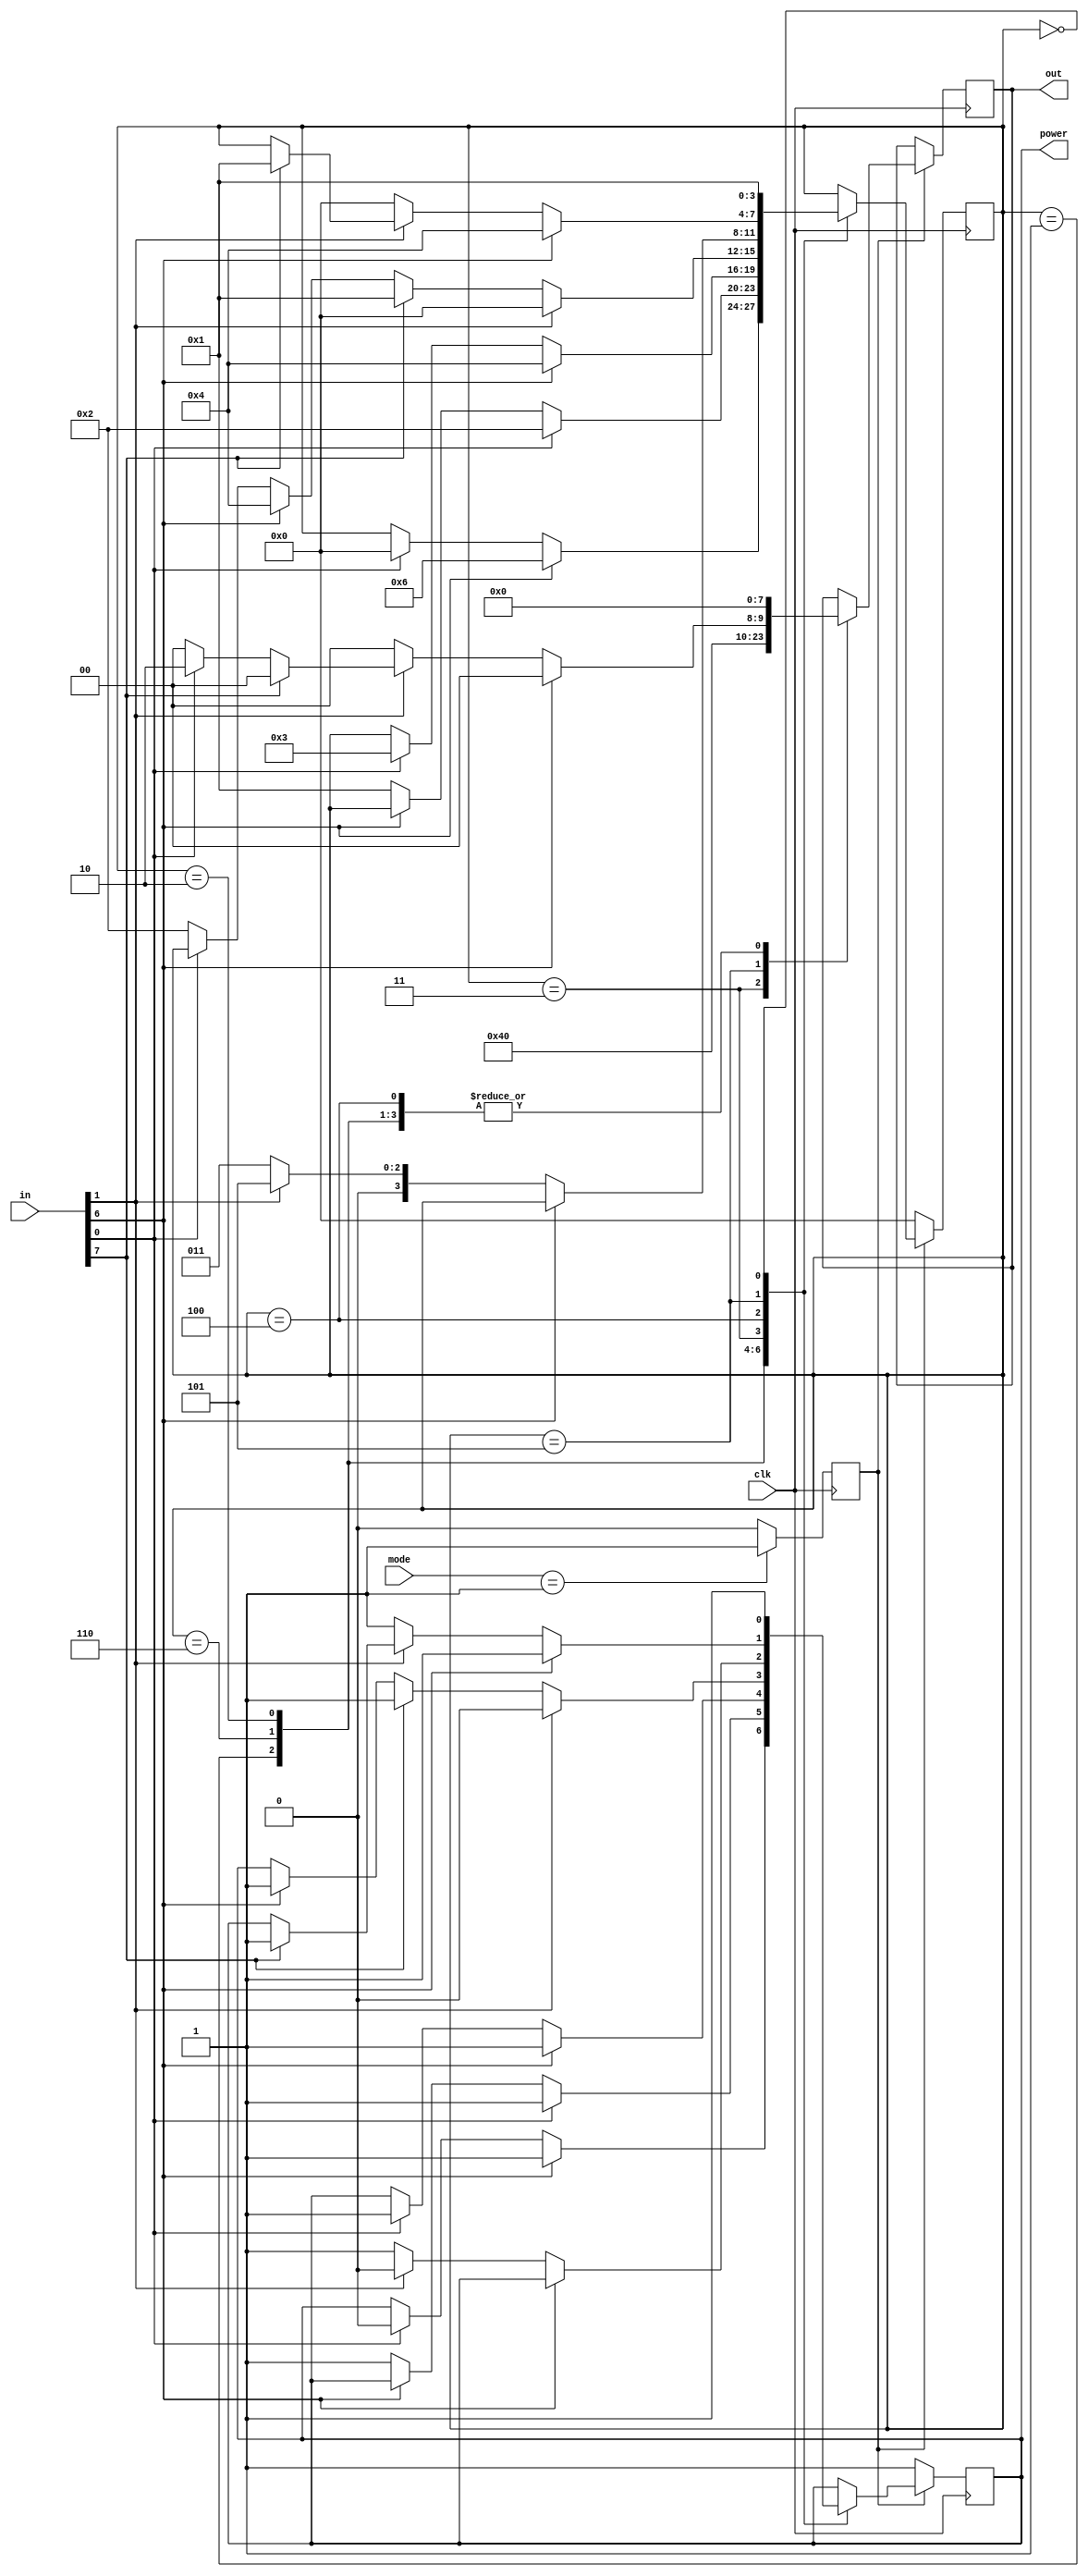
`timescale 1ns / 1ps

module Manual_Driving(
    input clk,
    input [7:0] in,//top8?
    input [1:0] mode,// mode?01???
    output reg [7:0] out,//top?
    output power//toppower==1b0?
);
wire throttle,clutch,brake,reversegear;
assign throttle=in[0];//
assign clutch=in[6];//
assign brake=in[7];//
assign reversegear=in[1];//

reg activation;//??
reg p=1'b1;

reg [3:0] state=4'b0000;//state
reg [3:0] nextstate=4'b0000;//?
parameter T0=4'b0000,// T0 0000  ??
S0=4'b0001, // S0 0001  Not_Starting_State
S1=4'b0010, // S1 0010  Starting_Start
S2=4'b0011, // S2 0100  Moving_State
S3=4'b0100, // switch
S4=4'b0101, //reverse
S5=4'b0110, //need throttle
S6=4'b0111; //reverse move

always@(posedge clk)
begin
if(mode==2'b01)
    activation=1'b1;
else
    activation=1'b0;
end

always@(posedge clk)//throttle,clutch,brake,reversegear?
    if(!activation) begin
        p=1'b1;
        state=T0;
    end else
    case (state)
    S0:begin
    out=8'b00000000;
        if(clutch)//Power_Off_State
        begin
            nextstate=S5;
            state=S5;
            p=1;
        end
        else if(throttle)//Starting_State
        begin
            nextstate=T0;
            state=T0;
            p=0;
        end
    end

    S5: begin
    out=8'b00000000;
        if(throttle) begin
        state=S1;p=1;
        end else if(!clutch) begin
        state=S0;p=1; 
        end
    end

    S1: begin
    out=8'b00000000;
        if(clutch) begin 
        state=S3;p=1;
        end else if(throttle) begin
         state=S2;p=1;
        end
    end

    S2:begin
        out=8'b0000_0001;
        if(reversegear)//Power_Off_State
        begin
           nextstate=T0;
           state=T0;
           p=1'b0;
        end
        else if(brake)//Not_Starting_State
        begin
           nextstate=S0;
           state=S0;
           p=1'b1;
        end
        else if(clutch)
        begin
           state=S3;
           p=1'b1;
        end else if(!throttle) begin
         state<=S1;
        end
    end
    
    S3:begin
    out=8'b00000000;
        if (!clutch) begin
            if(reversegear)begin
                state=S4;
                p=1'b0;
            end else begin
                state=S2;
                p=1;
           end
        end
    end

    S4:begin
    out=8'b00000000;
        if(clutch) begin
         state=S3;p=1;
        end else if(!reversegear) begin 
            state=T0;p=1;
        end else if(brake) begin
        state=S0;p=1;
        end else if(throttle) begin
         out=8'b0000_0010;
        end else out=8'b0000_0000;   
    end

    T0:begin
        out=8'b00000000;
        nextstate=S0;
        state=S0;
        p=1'b1;
    end
endcase

assign power=p;

endmodule